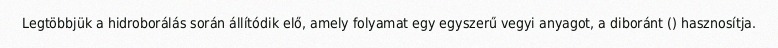
Legtöbbjük a hidroborálás során állítódik elő, amely folyamat egy egyszerű vegyi anyagot, a diboránt () hasznosítja.